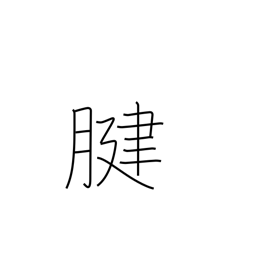
Meaning: tendon